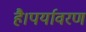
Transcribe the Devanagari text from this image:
है।पर्यावरण